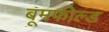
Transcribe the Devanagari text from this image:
बूमफील्ड